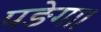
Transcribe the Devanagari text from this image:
पङेगा।